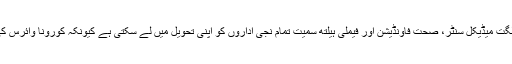
اللہ نا کرے حالات انتہائی ایمرجنسی کی طرف جانے لگے تو حکومت گلگت میڈیکل سنٹر، صحت فاونڈیشن اور فیملی ہیلتھ سمیت تمام نجی اداروں کو اپنی تحویل میں لے سکتی ہے کیونکہ کورونا وائرس کی وبا پر قابو پانے کے لئے ہرممکنہ اقدامات حکومت کی ذمہ داری ہے۔